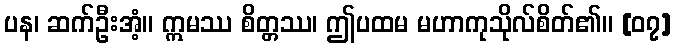
ပန၊ ဆက်ဦးအံ့။ ဣမဿ စိတ္တဿ၊ ဤပထမ မဟာကုသိုလ်စိတ်၏။ [၀၇]